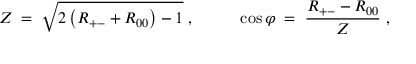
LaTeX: Z \; = \; \sqrt { 2 \left( R _ { + - } + R _ { 0 0 } \right) - 1 } \; , ~ ~ ~ ~ ~ ~ ~ ~ \cos \varphi \; = \; \frac { R _ { + - } - R _ { 0 0 } } { Z } \; ,